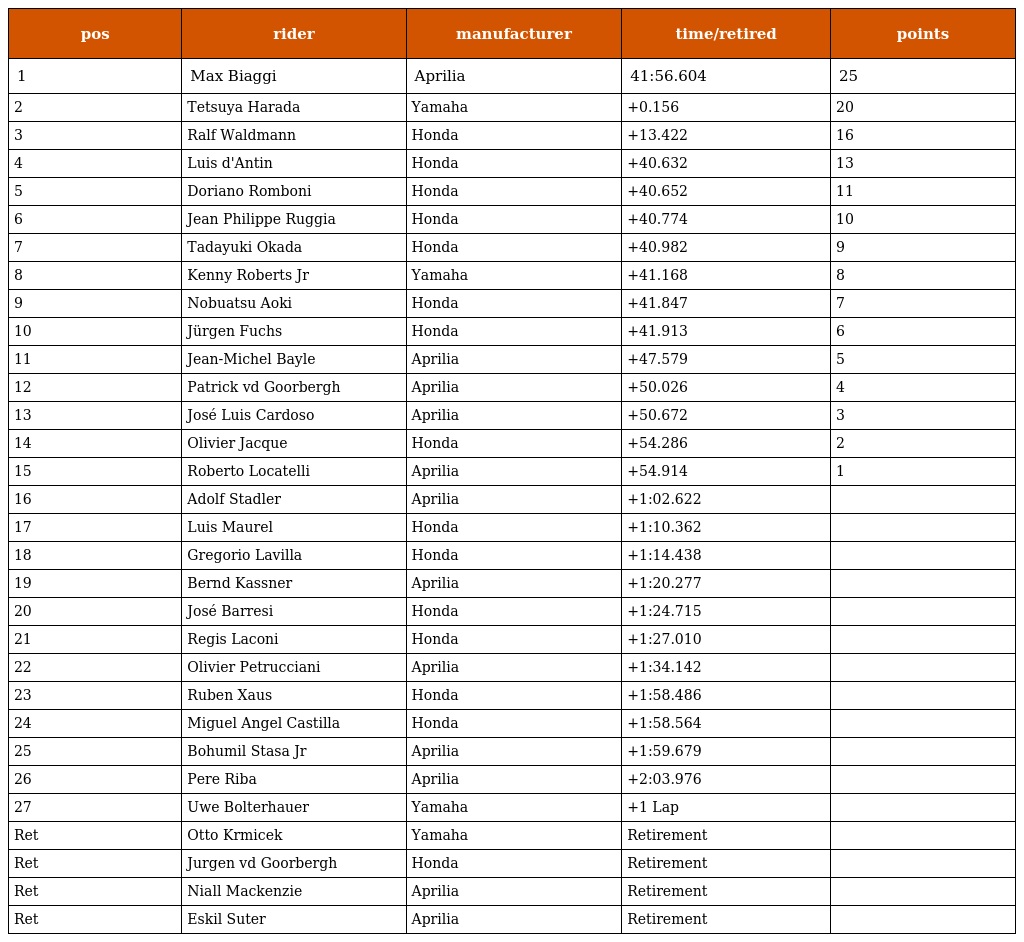
| pos | rider | manufacturer | time/retired | points |
 | --- | --- | --- | --- | --- |
 | 1 | Max Biaggi | Aprilia | 41:56.604 | 25 |
 | 2 | Tetsuya Harada | Yamaha | +0.156 | 20 |
 | 3 | Ralf Waldmann | Honda | +13.422 | 16 |
 | 4 | Luis d'Antin | Honda | +40.632 | 13 |
 | 5 | Doriano Romboni | Honda | +40.652 | 11 |
 | 6 | Jean Philippe Ruggia | Honda | +40.774 | 10 |
 | 7 | Tadayuki Okada | Honda | +40.982 | 9 |
 | 8 | Kenny Roberts Jr | Yamaha | +41.168 | 8 |
 | 9 | Nobuatsu Aoki | Honda | +41.847 | 7 |
 | 10 | Jürgen Fuchs | Honda | +41.913 | 6 |
 | 11 | Jean-Michel Bayle | Aprilia | +47.579 | 5 |
 | 12 | Patrick vd Goorbergh | Aprilia | +50.026 | 4 |
 | 13 | José Luis Cardoso | Aprilia | +50.672 | 3 |
 | 14 | Olivier Jacque | Honda | +54.286 | 2 |
 | 15 | Roberto Locatelli | Aprilia | +54.914 | 1 |
 | 16 | Adolf Stadler | Aprilia | +1:02.622 |  |
 | 17 | Luis Maurel | Honda | +1:10.362 |  |
 | 18 | Gregorio Lavilla | Honda | +1:14.438 |  |
 | 19 | Bernd Kassner | Aprilia | +1:20.277 |  |
 | 20 | José Barresi | Honda | +1:24.715 |  |
 | 21 | Regis Laconi | Honda | +1:27.010 |  |
 | 22 | Olivier Petrucciani | Aprilia | +1:34.142 |  |
 | 23 | Ruben Xaus | Honda | +1:58.486 |  |
 | 24 | Miguel Angel Castilla | Honda | +1:58.564 |  |
 | 25 | Bohumil Stasa Jr | Aprilia | +1:59.679 |  |
 | 26 | Pere Riba | Aprilia | +2:03.976 |  |
 | 27 | Uwe Bolterhauer | Yamaha | +1 Lap |  |
 | Ret | Otto Krmicek | Yamaha | Retirement |  |
 | Ret | Jurgen vd Goorbergh | Honda | Retirement |  |
 | Ret | Niall Mackenzie | Aprilia | Retirement |  |
 | Ret | Eskil Suter | Aprilia | Retirement |  |